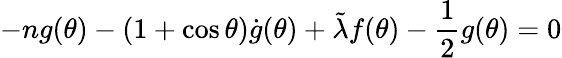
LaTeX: -ng(\theta)-(1+\cos\theta)\dot{g}(\theta)+\tilde{\lambda}f(\theta)-\frac{1}{2}g(\theta)=0